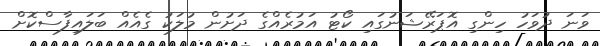
ވަނަ ދުވަހު ހިންގި އޮޕަރޭޝަނުގައި ކޯޓު އަމުރެއްގެ ދަށުން މުލަކު ގެއެއް ބަލައިފާސްކޮށް